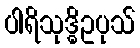
ပါရိသုဒ္ဓိဥပုသ်